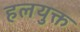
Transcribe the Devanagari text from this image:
हलयुक्त